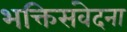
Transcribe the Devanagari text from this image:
भक्तिसंवेदना